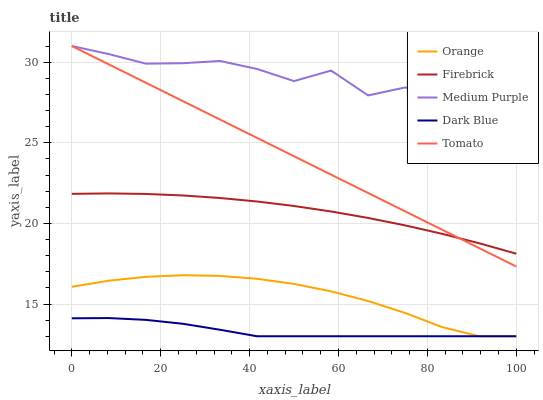
| xaxis_label | Orange | Firebrick | Medium Purple | Dark Blue | Tomato |
 | --- | --- | --- | --- | --- | --- |
 | 0 | 16.1 | 21.8 | 31 | 14.1 | 31 |
 | 8.33 | 16.4 | 21.9 | 30.5 | 14.1 | 29.9 |
 | 16.7 | 16.7 | 21.8 | 29.9 | 14 | 28.7 |
 | 25 | 16.8 | 21.7 | 29.9 | 13.8 | 27.6 |
 | 33.3 | 16.7 | 21.6 | 30.1 | 13.4 | 26.4 |
 | 41.7 | 16.6 | 21.4 | 29.6 | 13 | 25.3 |
 | 50 | 16.2 | 21.1 | 28.8 | 13 | 24.2 |
 | 58.3 | 15.8 | 20.7 | 29.5 | 13 | 23 |
 | 66.7 | 15.2 | 20.3 | 27.9 | 13 | 21.9 |
 | 75 | 14.4 | 19.9 | 28.4 | 13 | 20.7 |
 | 83.3 | 13.6 | 19.4 | 28 | 13 | 19.6 |
 | 91.7 | 13 | 18.8 | 27.2 | 13 | 18.5 |
 | 100 | 13 | 18.1 | 27.3 | 13 | 17.3 |